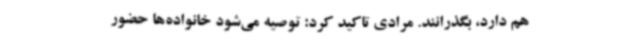
هم دارد، بگذرانند. مرادی تاکید کرد: توصیه می‌شود خانواده‌ها حضور